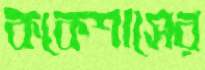
ককেশাসের